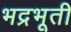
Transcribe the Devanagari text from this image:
भद्रभूती